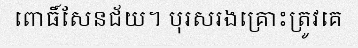
ពោធិ៍សែនជ័យ។ បុរសរងគ្រោះត្រូវគេ